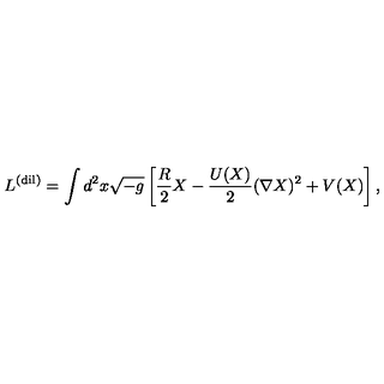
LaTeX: L ^ { \mathrm { ( d i l ) } } = \int d ^ { 2 } x \sqrt { - g } \left[ \frac { R } { 2 } X - \frac { U ( X ) } { 2 } ( \nabla X ) ^ { 2 } + V ( X ) \right] ,